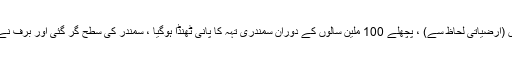
حال ہی میں (ارضیاتی لحاظ سے) ، پچھلے 100 ملین سالوں کے دوران سمندری تہہ کا پانی ٹھنڈا ہوگیا ، سمندر کی سطح گر گئی اور برف نے ترقی کی۔